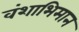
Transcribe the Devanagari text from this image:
वंशाभिमान